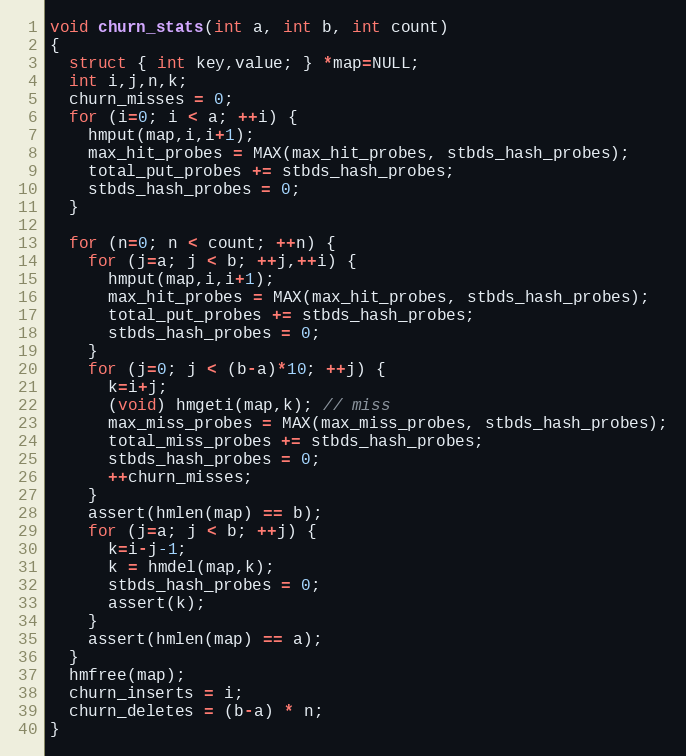
Language: C++
void churn_stats(int a, int b, int count)
{
  struct { int key,value; } *map=NULL;
  int i,j,n,k;
  churn_misses = 0;
  for (i=0; i < a; ++i) {
    hmput(map,i,i+1);
    max_hit_probes = MAX(max_hit_probes, stbds_hash_probes);
    total_put_probes += stbds_hash_probes;
    stbds_hash_probes = 0;
  }

  for (n=0; n < count; ++n) {
    for (j=a; j < b; ++j,++i) {
      hmput(map,i,i+1);
      max_hit_probes = MAX(max_hit_probes, stbds_hash_probes);
      total_put_probes += stbds_hash_probes;
      stbds_hash_probes = 0;
    }
    for (j=0; j < (b-a)*10; ++j) {
      k=i+j;
      (void) hmgeti(map,k); // miss
      max_miss_probes = MAX(max_miss_probes, stbds_hash_probes);
      total_miss_probes += stbds_hash_probes;
      stbds_hash_probes = 0;
      ++churn_misses;
    }
    assert(hmlen(map) == b);
    for (j=a; j < b; ++j) {
      k=i-j-1;
      k = hmdel(map,k);
      stbds_hash_probes = 0;
      assert(k);
    }
    assert(hmlen(map) == a);
  }
  hmfree(map);
  churn_inserts = i;
  churn_deletes = (b-a) * n;
}